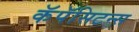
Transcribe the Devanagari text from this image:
कॅपॅसिटन्स